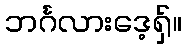
ဘင်္ဂလားဒေ့ရှ်။